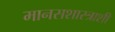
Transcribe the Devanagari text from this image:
मानसशास्त्राशी